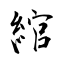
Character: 綰